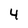
Character: 4